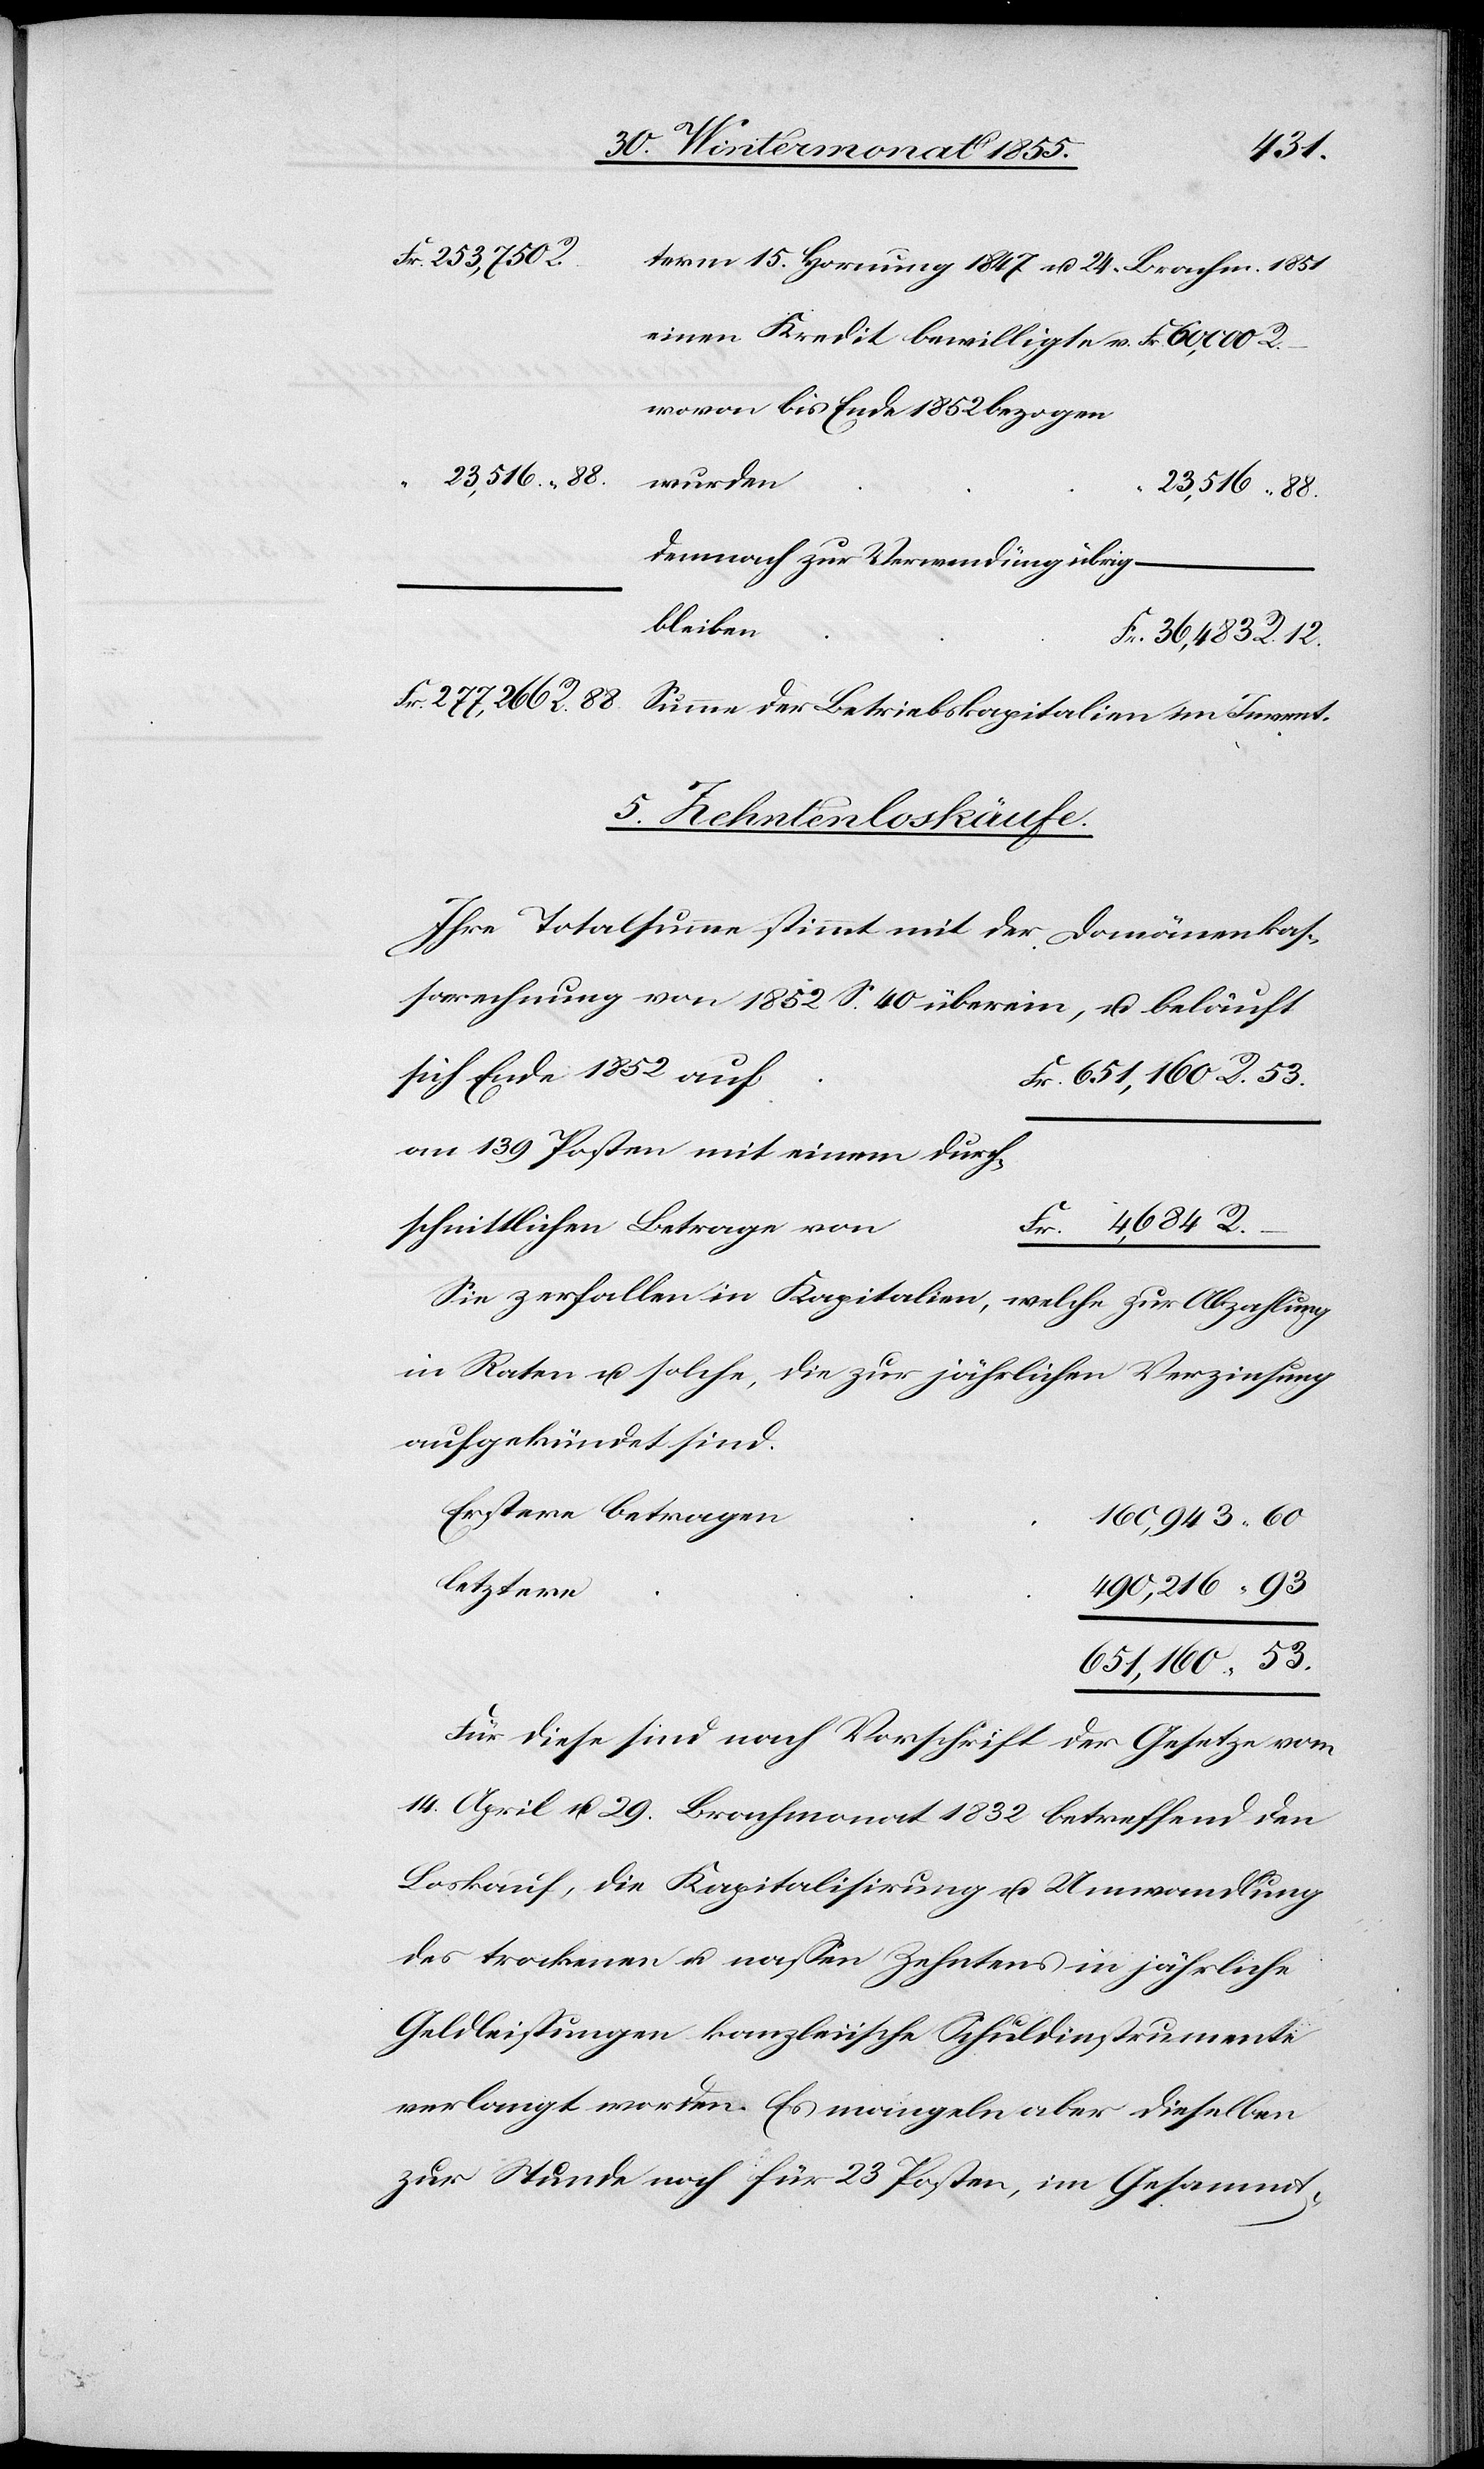
88.
Fr. 277,266 R.
term 15. Hornung 1847 u. 24. Brachm. 1851
einen Kredit bewilligte v.
wovon bis Ende 1852 bezogen
23,516.
demnach zur Verwendung übrig
bleiben
5. Zehntenloskäufe.
Ihre Totalsumme stimmt mit der Domänenkas¬
sarechnung von 1852 S. 40 überein, u. beläuft
sich Ende 1852 auf
Fr. 651,160.
R.
an 139 Posten mit einem durch¬
schnittlichen Betrage von
–
Fr. 4,684.
Sie zerfallen in Kapitalien, welche zur Abzahlung
in Raten u. solche, die zur jährlichen Verzinsung
aufgekündet sind.
Erstere betragen
160,943.
letztere
490,216.
651,160.
Für diese sind nach Vorschrift der Gesetze vom
14. April u. 29. Brachmonat 1832 betreffend den
Loskauf, die Kapitalisirung u. Umwandlung
des trockenen u. nassen Zehntens in jährliche
Geldleistungen kanzleiische Schuldinstrumente
verlangt worden. Es mangeln aber dieselben
zur Stunde noch für 23 Posten, im Gesammt-